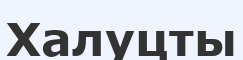
Халуцты